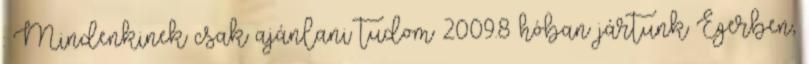
: Mindenkinek csak ajánlani tudom 2009.8 hóban jártunk Egerben,